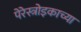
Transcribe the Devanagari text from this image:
पेरेस्त्रोइकाच्या